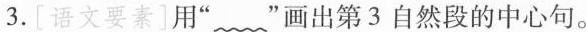
3.[语文要素]用”﹏﹏”画出第3自然段的中心句。